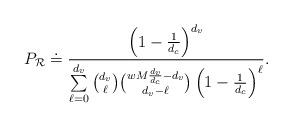
LaTeX: \begin{align*}P_{\mathcal{R}} \doteq \frac{\left(1-\frac1{d_c}\right)^{d_v}}{\sum\limits_{\ell=0}^{d_v} \binom{d_v}{\ell}\binom{wM\frac{d_v}{d_c}-d_v}{d_v-\ell} \left(1-\frac1{d_c}\right)^\ell }. \end{align*}